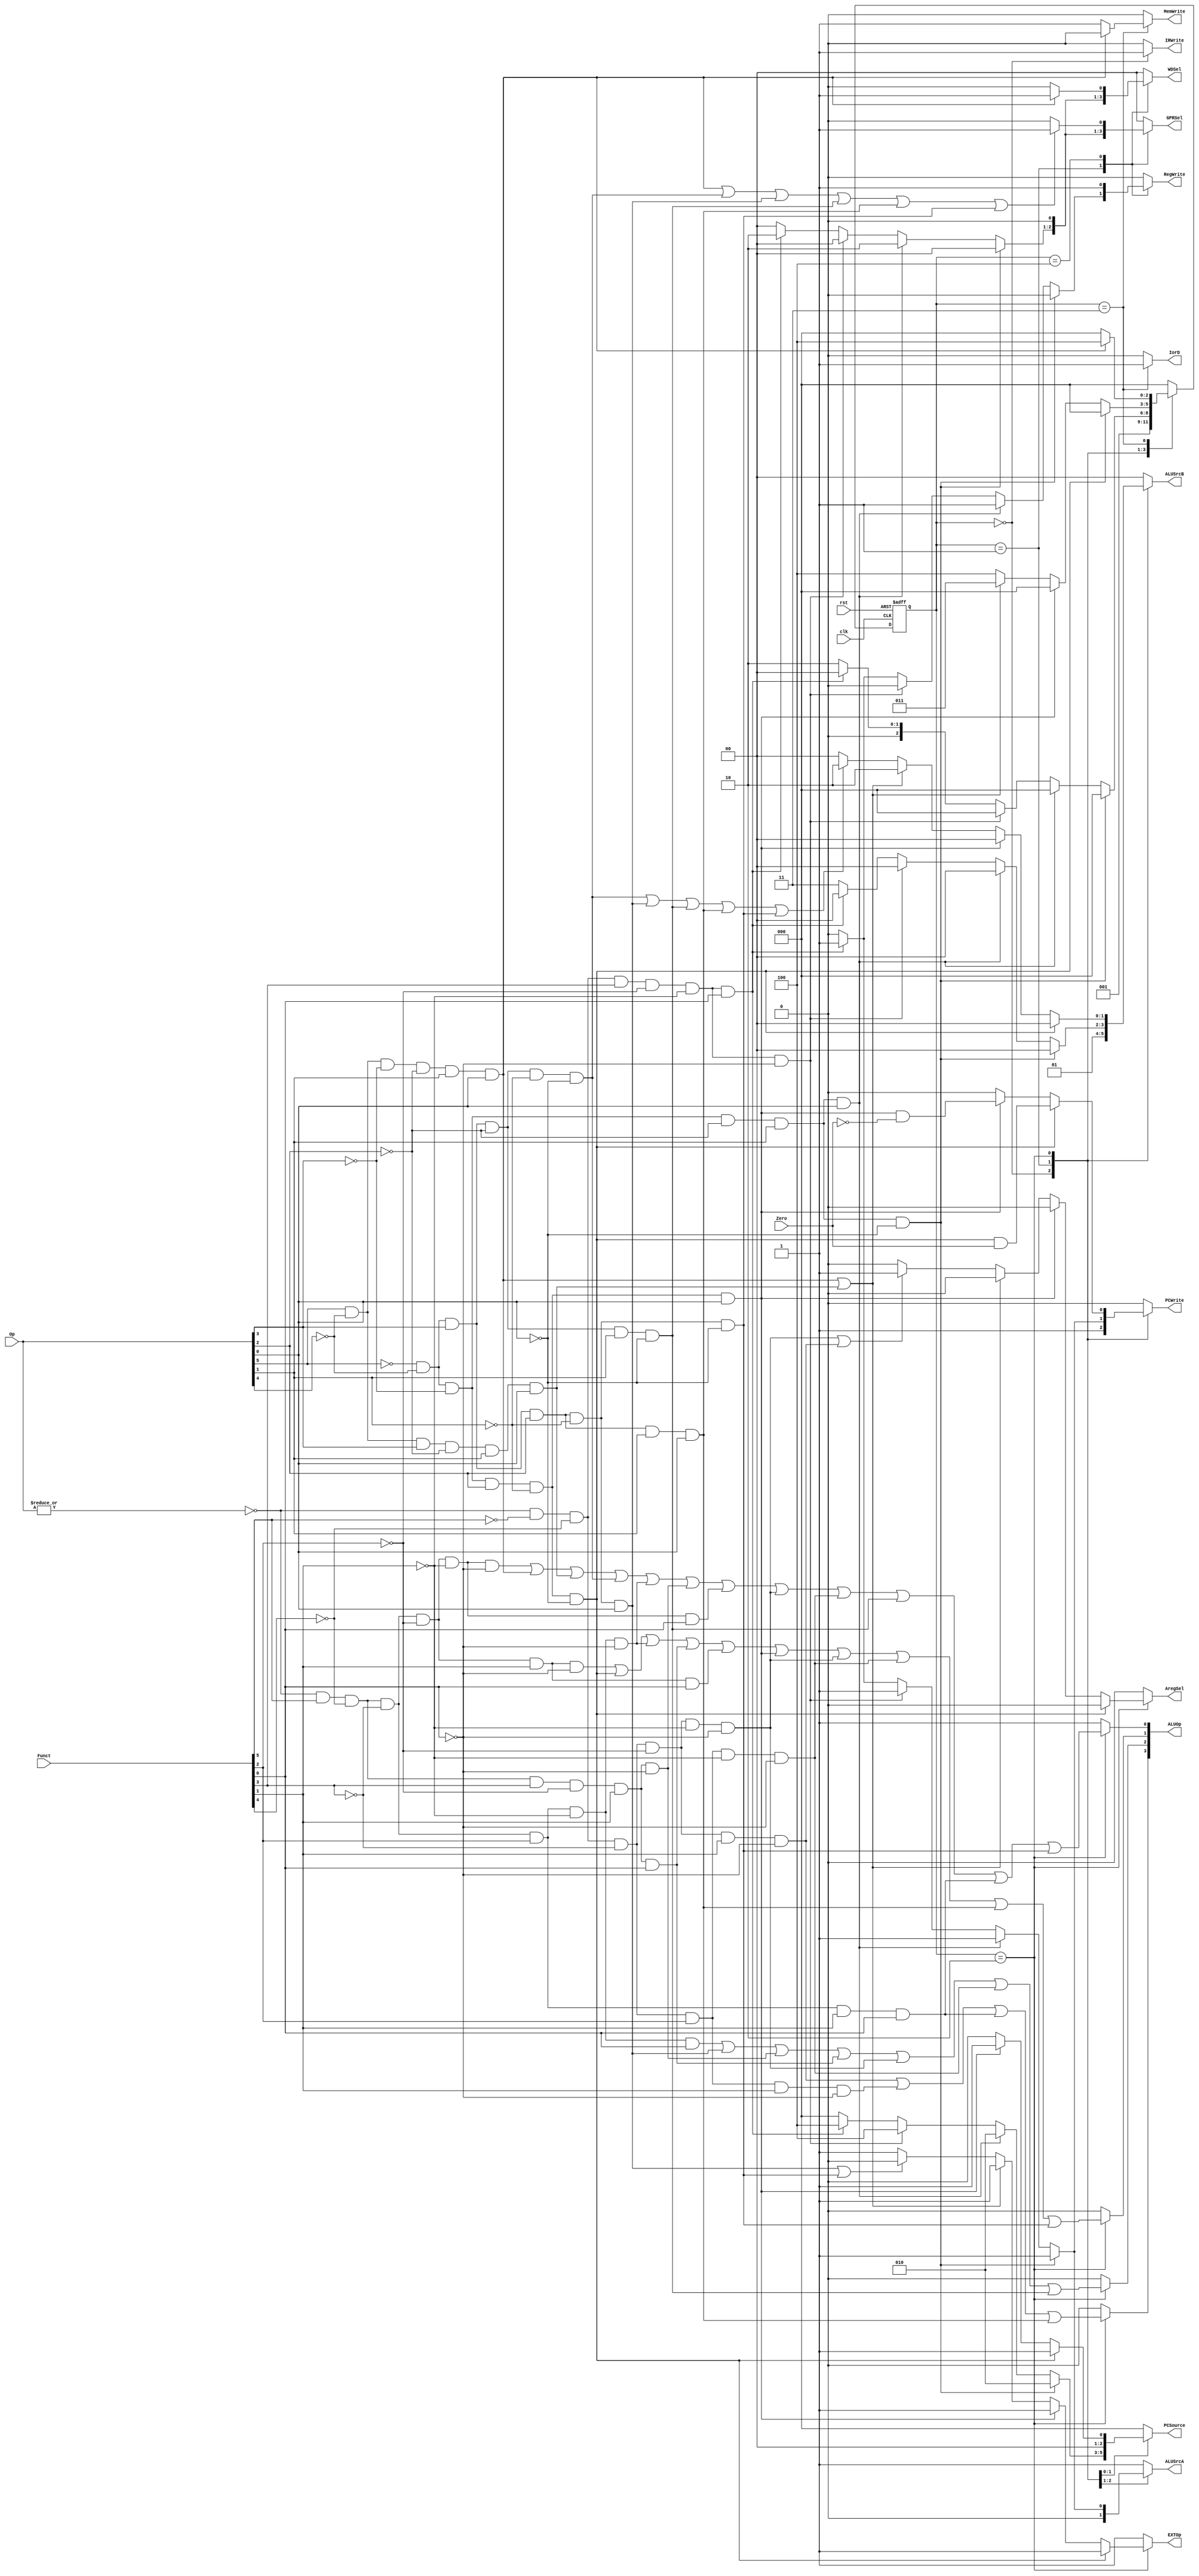
//`include "ctrl_encode_def.v"


module ctrl(clk, rst, Zero, Op, Funct,
            RegWrite, MemWrite, PCWrite, IRWrite,
            EXTOp, ALUOp, PCSource, ALUSrcA, ALUSrcB, 
            GPRSel, WDSel, IorD,AregSel);
    
   input  clk, rst, Zero;
   input  [5:0] Op;       // opcode
   input  [5:0] Funct;    // funct
   output reg       RegWrite; // control signal for register write
   output reg       MemWrite; // control signal for memory write
   output reg       PCWrite;  // control signal for PC write
   output reg       IRWrite;  // control signal for IR write
   output reg       EXTOp;    // control signal to signed extension
   output reg       ALUSrcA;  // ALU source for A, 0 - PC, 1 - ReadData1
   output reg [1:0] ALUSrcB;  // ALU source for B, 0 - ReadData2, 1 - 4, 2 - extended immediate, 3 - branch offset
   output reg [3:0] ALUOp;    // ALU opertion
   output reg [2:0] PCSource; // PC source, 0- ALU, 1-ALUOut, 2-JUMP address
   output reg [1:0] GPRSel;   // general purpose register selection
   output reg [1:0] WDSel;    // (register) write data selection
   output reg       IorD;     // 0-memory access for instruction, 1 - memory access for data
   output reg       AregSel;
   // GPRSel_RD   2'b00
   // GPRSel_RT   2'b01
   // GPRSel_31   2'b10
  
   // WDSel_FromALU 2'b00
   // WDSel_FromMEM 2'b01
   // WDSel_FromPC  2'b10
  
   // ALU_NOP   4'b0000
   // ALU_ADD   4'b0001
   // ALU_SUB   4'b0010
   // ALU_AND   4'b0011
   // ALU_OR    4'b0100
   // ALU_SLT   4'b0101
   // ALU_SLTU  4'b0110

   parameter  [2:0] sif  = 3'b000,                // IF  state
                    sid  = 3'b001,                // ID  state
                    sexe = 3'b010,                // EXE state
                    smem = 3'b011,                // MEM state
                    swb  = 3'b100;                // WB  state
  // r format
   wire rtype  = ~|Op;
   wire i_add  = rtype& Funct[5]&~Funct[4]&~Funct[3]&~Funct[2]&~Funct[1]&~Funct[0]; // add
   wire i_sub  = rtype& Funct[5]&~Funct[4]&~Funct[3]&~Funct[2]& Funct[1]&~Funct[0]; // sub
   wire i_and  = rtype& Funct[5]&~Funct[4]&~Funct[3]& Funct[2]&~Funct[1]&~Funct[0]; // and
   wire i_or   = rtype& Funct[5]&~Funct[4]&~Funct[3]& Funct[2]&~Funct[1]& Funct[0]; // or
   wire i_slt  = rtype& Funct[5]&~Funct[4]& Funct[3]&~Funct[2]& Funct[1]&~Funct[0]; // slt
   wire i_sltu = rtype& Funct[5]&~Funct[4]& Funct[3]&~Funct[2]& Funct[1]& Funct[0]; // sltu
   wire i_addu = rtype& Funct[5]&~Funct[4]&~Funct[3]&~Funct[2]&~Funct[1]& Funct[0]; // addu
   wire i_subu = rtype& Funct[5]&~Funct[4]&~Funct[3]&~Funct[2]& Funct[1]& Funct[0]; // subu
   wire i_sll  = rtype&~Funct[5]&~Funct[4]&~Funct[3]&~Funct[2]&~Funct[1]&~Funct[0]; // sll
   wire i_sllv = rtype&~Funct[5]&~Funct[4]&~Funct[3]& Funct[2]&~Funct[1]&~Funct[0]; // sll
   wire i_srl  = rtype&~Funct[5]&~Funct[4]&~Funct[3]&~Funct[2]& Funct[1]&~Funct[0]; // srl
   wire i_srlv = rtype&~Funct[5]&~Funct[4]&~Funct[3]& Funct[2]& Funct[1]&~Funct[0]; // srlv
   wire i_nor  = rtype& Funct[5]&~Funct[4]&~Funct[3]& Funct[2]& Funct[1]& Funct[0]; // nor
   wire i_jr   = rtype&~Funct[5]&~Funct[4]& Funct[3]&~Funct[2]&~Funct[1]&~Funct[0]; // jr
   wire i_jalr = rtype&~Funct[5]&~Funct[4]& Funct[3]&~Funct[2]&~Funct[1]& Funct[0]; // jalr
  // i format
   wire i_addi = ~Op[5]&~Op[4]& Op[3]&~Op[2]&~Op[1]&~Op[0]; // addi
   wire i_ori  = ~Op[5]&~Op[4]& Op[3]& Op[2]&~Op[1]& Op[0]; // ori
   wire i_lw   =  Op[5]&~Op[4]&~Op[3]&~Op[2]& Op[1]& Op[0]; // lw
   wire i_sw   =  Op[5]&~Op[4]& Op[3]&~Op[2]& Op[1]& Op[0]; // sw
   wire i_beq  = ~Op[5]&~Op[4]&~Op[3]& Op[2]&~Op[1]&~Op[0]; // beq
   wire i_bne  = ~Op[5]&~Op[4]&~Op[3]& Op[2]&~Op[1]& Op[0]; // bne
   wire i_slti = ~Op[5]&~Op[4]& Op[3]&~Op[2]& Op[1]&~Op[0]; // slti
   wire i_lui  = ~Op[5]&~Op[4]& Op[3]& Op[2]& Op[1]& Op[0]; // lui
   wire i_andi = ~Op[5]&~Op[4]& Op[3]& Op[2]&~Op[1]&~Op[0]; // andi
  // j format
   wire i_j    = ~Op[5]&~Op[4]&~Op[3]&~Op[2]& Op[1]&~Op[0];  // j
   wire i_jal  = ~Op[5]&~Op[4]&~Op[3]&~Op[2]& Op[1]& Op[0];  // jal

  /*************************************************/
  /******               FSM                   ******/
   reg [2:0] nextstate;
   reg [2:0] state;
   
   always @(posedge clk or posedge rst) begin
     if ( rst )
       state <= sif;
     else
       state <= nextstate;
   end // end always

  /*************************************************/
  /******         Control Signal              ******/
   always @(*) begin
     RegWrite = 0;
     MemWrite = 0;
     PCWrite  = 0;
     IRWrite  = 0;
     EXTOp    = 1;           // signed extension
     ALUSrcA  = 1;           // 1 - ReadData1
     ALUSrcB  = 2'b00;       // 0 - ReadData2
     ALUOp    = 4'b0001;      // ALU_ADD       3'b001
     GPRSel   = 2'b00;       // GPRSel_RD     2'b00
     WDSel    = 2'b00;       // WDSel_FromALU 2'b00
     PCSource = 3'b000;       // PC + 4 (ALU)
     IorD     = 0;           // 0-memory access for instruction
     AregSel  = 0;
     case (state)
         sif: begin
           PCWrite = 1;
           IRWrite = 1;
           ALUSrcA = 0;      // PC
           ALUSrcB = 2'b01;  // 4
           nextstate = sid;
         end
         
         sid: begin
           if (i_j) begin
             PCSource = 3'b010; // JUMP address
             PCWrite = 1;
             nextstate = sif;
           end else if (i_jal) begin
             PCSource = 3'b010; // JUMP address
             PCWrite = 1;
             RegWrite = 1;
             WDSel = 2'b10;    // WDSel_FromPC  2'b10 
             GPRSel = 2'b10;   // GPRSel_31     2'b10
             nextstate = sif;
		   end else if (i_jr) begin
			 PCSource = 3'b100;
			 PCWrite = 1;
			 nextstate = sif;
		   end else if (i_jalr) begin
			 PCSource = 3'b100;
			 PCWrite = 1;
			 RegWrite = 1;
			 WDSel = 2'b10;    // WDSel_FromPC  2'b10 
             GPRSel = 2'b10;   // GPRSel_31     2'b10
             nextstate = sif;
           end else begin
             ALUSrcA = 0;       // PC
             ALUSrcB = 2'b11;   // branch offset
             nextstate = sexe;
           end
         end
         
		 
		 
   // ALU_NOP   4'b0000
   // ALU_ADD   4'b0001
   // ALU_SUB   4'b0010
   // ALU_AND   4'b0011
   // ALU_OR    4'b0100
   // ALU_SLT   4'b0101
   // ALU_SLTU  4'b0110
   // ALU_SLL   4'b0111	 
   // ALU_SRL   4'b1000
   // ALU_NOR   4'b1001
   // ALU_LUI   4'b1010
   
         sexe: begin
           ALUOp[0] = i_add | i_lw | i_sw | i_addi | i_and | i_slt | i_addu | i_sll | i_sllv | i_slti | i_nor | i_andi;
           ALUOp[1] = i_sub | i_beq | i_and | i_sltu | i_subu | i_bne | i_sll | i_sllv | i_lui | i_andi;
           ALUOp[2] = i_or | i_ori | i_slt | i_sltu | i_sll | i_sllv | i_slti;
		   ALUOp[3] = i_srl | i_srlv | i_nor | i_lui;
           if (i_beq) begin
             PCSource = 3'b001; // ALUout, branch address
             PCWrite = i_beq & Zero;
             nextstate = sif;
		   end else if(i_bne) begin
			 PCSource = 3'b001;
			 PCWrite = i_bne & ~Zero;
			 nextstate =sif;
           end else if (i_lw || i_sw) begin
             ALUSrcB = 2'b10; // select offset
             nextstate = smem;
           end else begin
             if (i_addi || i_ori || i_slti || i_lui || i_andi)
               ALUSrcB = 2'b10; // select immediate
             if (i_ori || i_andi)
               EXTOp = 0; // zero extension
			 if (i_sll | i_srl)
			   AregSel = 1;
             nextstate = swb;
           end
         end

         smem: begin
           IorD = 1;  // memory address  = ALUout
           if (i_lw) begin
             nextstate = swb;
           end else begin  // i_sw
             MemWrite = 1;
             nextstate = sif;
           end
         end
         
         swb: begin
           if (i_lw)
             WDSel = 2'b01;     // WDSel_FromMEM 2'b01
           if (i_lw | i_addi | i_ori | i_slti | i_lui | i_andi) begin
             GPRSel = 2'b01;    // GPRSel_RT     2'b01
           end
           RegWrite = 1;
           nextstate = sif;
         end

         default: begin
           nextstate = sif;
         end
      
     endcase
   end // end always
   
endmodule